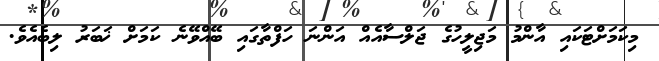
މިކަމަށްޓަކައި އާންމު މަޖިލީހުގެ ޖަލްސާއެއް އަންނަ ހަފްތާގައި ބޭއްވޭނެ ކަމަށް ޚަބަރު ލިބެއެވެ.